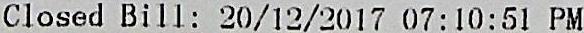
CLOSED BILL: 20/12/2017 07:10:51 PM